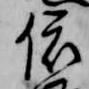
依